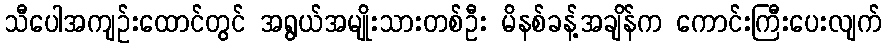
သီပေါအကျဉ်းထောင်တွင် အရွယ်အမျိုးသားတစ်ဦး မိနစ်ခန့်အချိန်က ကောင်းကြီးပေးလျက်